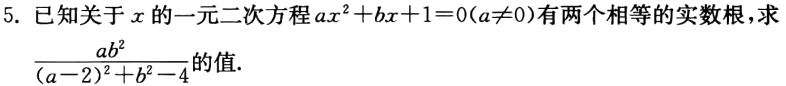
5. 已知关于\(x\)的一元二次方程\(ax^{2}+bx + 1 = 0(a\neq0)\)有两个相等的实数根，求\(\frac{ab^{2}}{(a - 2)^{2}+b^{2}-4}\)的值.